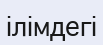
ілімдегі